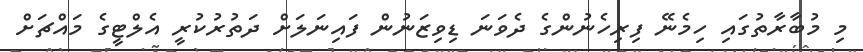
މި މުބާރާތުގައި ހިމެނޭ ފިރިހެނުންގެ ދެވަނަ ޑިވިޒަނުން ފައިނަލަށް ދަތުރުކުރީ އެލްޓީގެ މައްޗަށް